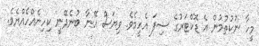
މީހާ ނުކުތުމުން އެ ޑޮކްޓަރުގެ ސިފަ އެހީމެވެ. ވިޔަސް އޭނާ ބުނެދޭނީ ކިހިނެއްހެއްޔެވެ.